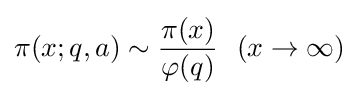
\pi (x;q,a)\sim {\frac {\pi (x)}{\varphi (q)}}\ \ (x\rightarrow \infty )